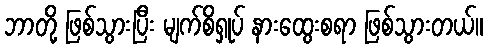
ဘာတို့ ဖြစ်သွားပြီး မျက်စိရှုပ် နားထွေးစရာ ဖြစ်သွားတယ်။